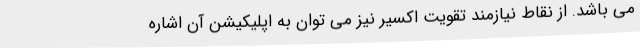
می باشد. از نقاط نیازمند تقویت اکسیر نیز می توان به اپلیکیشن آن اشاره